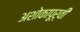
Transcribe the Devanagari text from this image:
अशोकापूर्वी